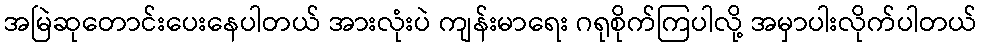
အမြဲဆုတောင်းပေးနေပါတယ် အားလုံးပဲ ကျန်းမာရေး ဂရုစိုက်ကြပါလို့ အမှာပါးလိုက်ပါတယ်